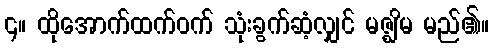
၄။ ထိုအောက်ထက်ဝက် သုံးခွက်ဆံ့လျှင် မဇ္ဈိမ မည်၏။